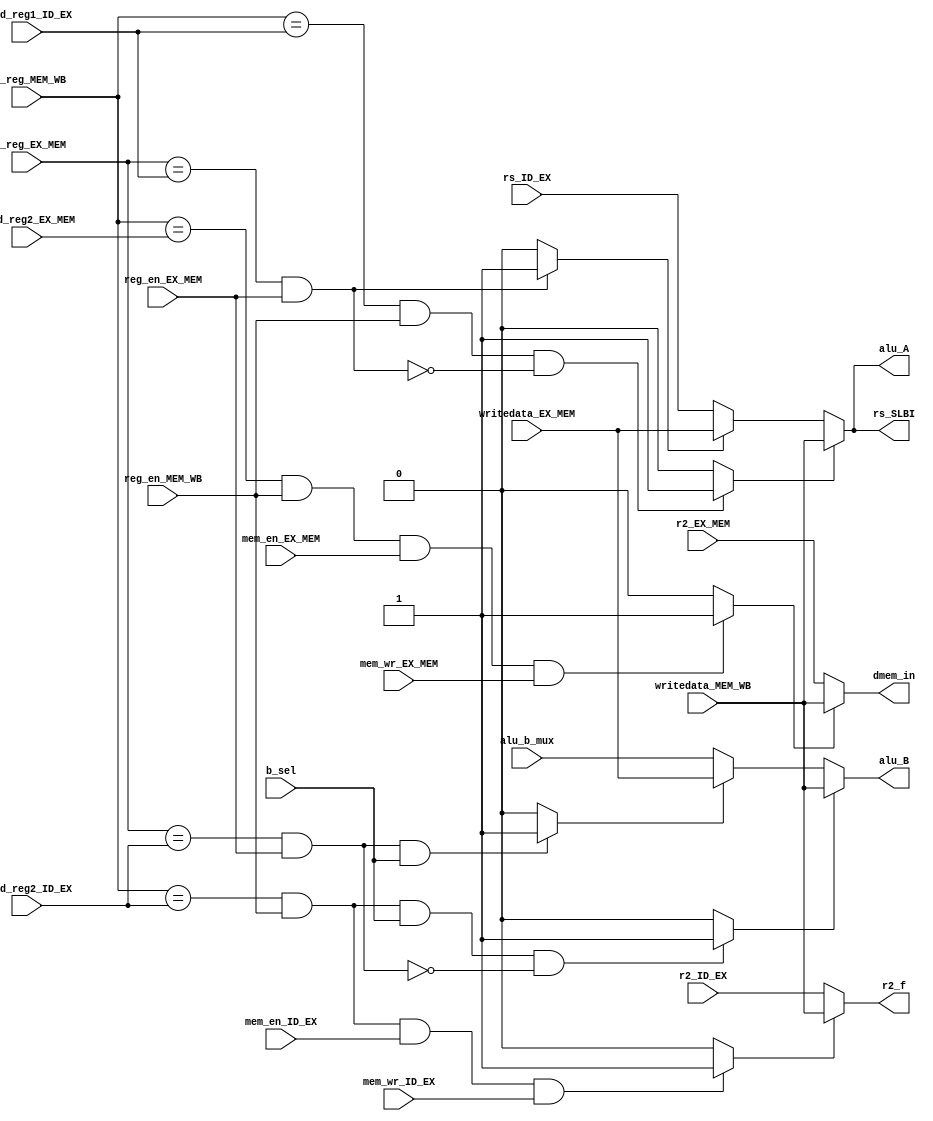
module for_unit_1(read_reg2_EX_MEM,mem_en_ID_EX, mem_wr_ID_EX, r2_ID_EX,
        b_sel,w1_reg_MEM_WB,w1_reg_EX_MEM,read_reg1_ID_EX,read_reg2_ID_EX, reg_en_MEM_WB,
				reg_en_EX_MEM,mem_en_EX_MEM,mem_wr_EX_MEM,writedata_MEM_WB,
				writedata_EX_MEM, r2_EX_MEM,rs_ID_EX,alu_b_mux,alu_A, alu_B, dmem_in, rs_SLBI,r2_f);
input [2:0]read_reg2_EX_MEM;
input mem_en_ID_EX;
input mem_wr_ID_EX;
input [15:0]r2_ID_EX;
input b_sel;				
input [2:0]w1_reg_MEM_WB;
input [2:0]w1_reg_EX_MEM;
input [2:0]read_reg1_ID_EX;
input [2:0]read_reg2_ID_EX;
input reg_en_MEM_WB;
input reg_en_EX_MEM;
input mem_en_EX_MEM;
input mem_wr_EX_MEM;
input[15:0]writedata_MEM_WB;
input[15:0]writedata_EX_MEM;
input [15:0]r2_EX_MEM;
input [15:0]rs_ID_EX;
input [15:0] alu_b_mux;//from alu_b_mux output 
output[15:0]alu_A;
output [15:0]alu_B;
output [15:0]dmem_in;
output [15:0]rs_SLBI;
output [15:0]r2_f;

wire A_bypassWB, B_bypassWB, A_bypassMEM, B_bypassMEM, rs_bypassWB,rs_bypassMEM;
wire bypass_LD_ST, ST_bypass_WB;
//if alu_A from MEM_WB
assign A_bypassWB=(w1_reg_MEM_WB==read_reg1_ID_EX &reg_en_MEM_WB & ~(w1_reg_EX_MEM==read_reg1_ID_EX & reg_en_EX_MEM)) ?1:0;

//if alu_B from MEM_WB
assign B_bypassWB=(w1_reg_MEM_WB==read_reg2_ID_EX &reg_en_MEM_WB & b_sel & ~(w1_reg_EX_MEM==read_reg2_ID_EX & reg_en_EX_MEM)) ?1:0;

//if alu_A from EX_MEM
assign A_bypassMEM=(w1_reg_EX_MEM==read_reg1_ID_EX & reg_en_EX_MEM)?1:0;

//if alu_B from EX_MEM
assign B_bypassMEM=(w1_reg_EX_MEM==read_reg2_ID_EX & reg_en_EX_MEM & b_sel)?1:0;	

//LD followed by ST/STU
assign bypass_LD_ST=(w1_reg_MEM_WB==read_reg2_EX_MEM & reg_en_MEM_WB & mem_en_EX_MEM & mem_wr_EX_MEM)?1:0;


//ST OR STU bypass
assign ST_bypass_WB=(w1_reg_MEM_WB==read_reg2_ID_EX &reg_en_MEM_WB & mem_en_ID_EX & mem_wr_ID_EX)?1:0;

assign dmem_in=(bypass_LD_ST)?writedata_MEM_WB:r2_EX_MEM;

assign r2_f=(ST_bypass_WB)?writedata_MEM_WB:r2_ID_EX;


//ST from

//if rs_SLBI from MEM_WB
assign rs_bypassWB=(w1_reg_MEM_WB==read_reg1_ID_EX &reg_en_MEM_WB & ~(w1_reg_EX_MEM==read_reg1_ID_EX & reg_en_EX_MEM)) ?1:0;
//if rs_SLBI from EX_MEM
assign rs_bypassMEM=(w1_reg_EX_MEM==read_reg1_ID_EX & reg_en_EX_MEM)?1:0;

assign alu_A=(A_bypassWB)?writedata_MEM_WB:(A_bypassMEM)?writedata_EX_MEM:rs_ID_EX;
assign alu_B=(B_bypassWB)?writedata_MEM_WB:(B_bypassMEM)?writedata_EX_MEM:alu_b_mux;
assign  rs_SLBI=(rs_bypassWB)?writedata_MEM_WB:(rs_bypassMEM)?writedata_EX_MEM:rs_ID_EX;

endmodule